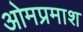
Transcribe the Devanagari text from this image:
ओमप्रमाश